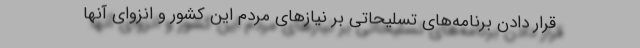
قرار دادن برنامه‌های تسلیحاتی بر نیازهای مردم این کشور و انزوای آنها